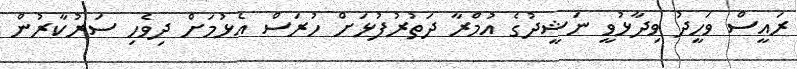
ރައީސް ވަހީދު ވިދާޅުވީ ނަޝީދުގެ އުމްރާ ދަތުރުފުޅަށް ހުރަސް އެޅުމަށް ދިވެހި ސަރުކާރުން